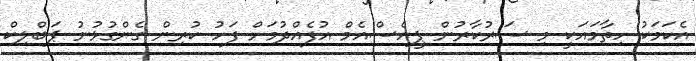
އެކަމަކު ހިތާމައަކީ މި ސަރުކާރުން ޕީއެސްއެމް އުފެއްދުމަށް ފަހު ކުރިން ގެންގުޅުނު ޕަބްލިކް